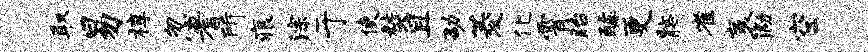
取易椁忽耆所痕淙于使焚且劭菱化霄眙醵更髂雀袤泐空